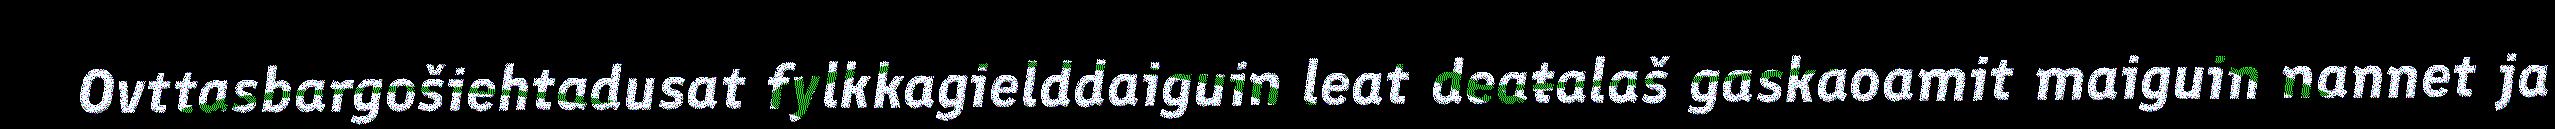
Ovttasbargošiehtadusat fylkkagielddaiguin leat deaŧalaš gaskaoamit maiguin nannet ja